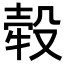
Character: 𣪬